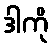
ဒါကို